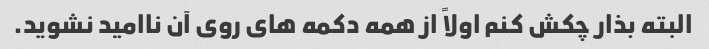
البته بذار چکش کنم اولاً از همه دکمه های روی آن ناامید نشوید.